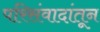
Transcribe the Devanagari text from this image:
परिसंवादांतून